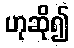
ဟုဆို၍